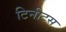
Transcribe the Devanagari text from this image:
टिनीटस